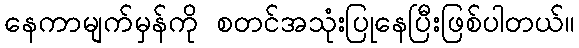
နေကာမျက်မှန်ကို စတင်အသုံးပြုနေပြီးဖြစ်ပါတယ်။